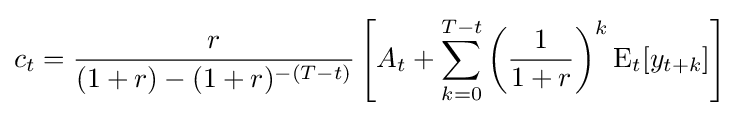
c_{t}={\frac {r}{(1+r)-(1+r)^{-(T-t)}}}\left[A_{t}+\sum _{k=0}^{T-t}\left({\frac {1}{1+r}}\right)^{k}\operatorname {E} _{t}[y_{t+k}]\right]